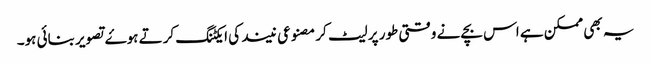
یہ بھی ممکن ہے اس بچے نے وقتی طور پر لیٹ کر مصنوعی نیند کی ایکٹنگ کرتے ہوۓ تصویر بنائی ہو۔